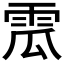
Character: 𩂡